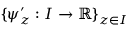
\{ \psi _ { z } ^ { \prime } : I \to \mathbb { R } \} _ { z \in I }